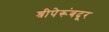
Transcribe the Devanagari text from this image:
श्रीपेरूंबदूर